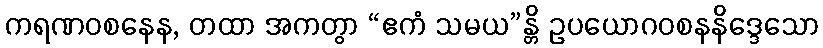
ကရဏဝစနေန, တထာ အကတွာ “ဧကံ သမယ”န္တိ ဥပယောဂဝစနနိဒ္ဒေသော